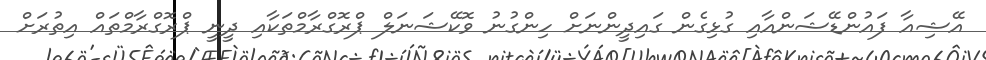
އޭޝިއާ ފައުންޑޭޝަންއާއި ގުޅިގެން ގައިދީންނަށް ހިންގުނު ވޮކޭޝަނަލް ޕްރޮގްރާމްތަކާއި ދީނީ ޕްރޮގްރާމްތައް އިތުރަށް